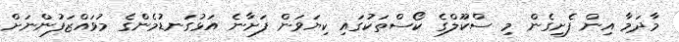
މާދަމާ އިން ފެށިގެން މި ސްކޫލްގެ ކޯސްތަކުގައި ކިޔަވަން ފަށާނެ އަޅުގަނޑުމެންގެ މުވައްޒަފުންނަށް